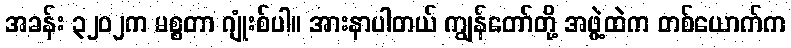
အခန်း ၃၂၀၂က မစ္စတာ ဂျုံးစ်ပါ။ အားနာပါတယ် ကျွန်တော်တို့ အဖွဲ့ထဲက တစ်ယောက်က